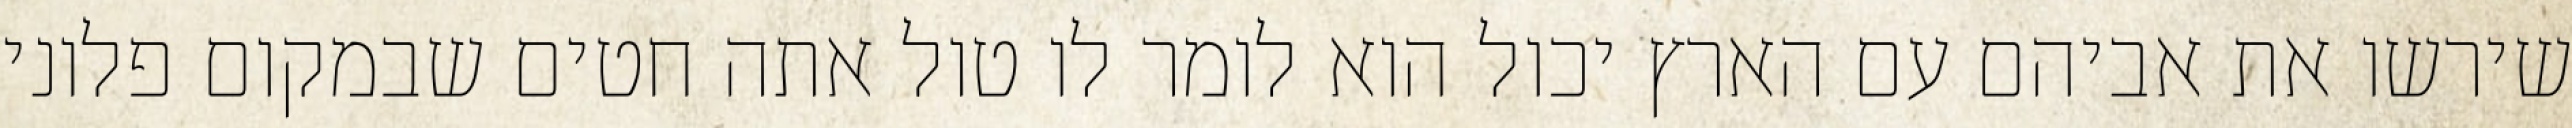
שירשו את אביהם עם הארץ יכול הוא לומר לו טול אתה חטים שבמקום פלוני